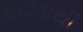
ઘટાડાથી